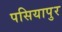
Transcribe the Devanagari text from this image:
पसियापुर